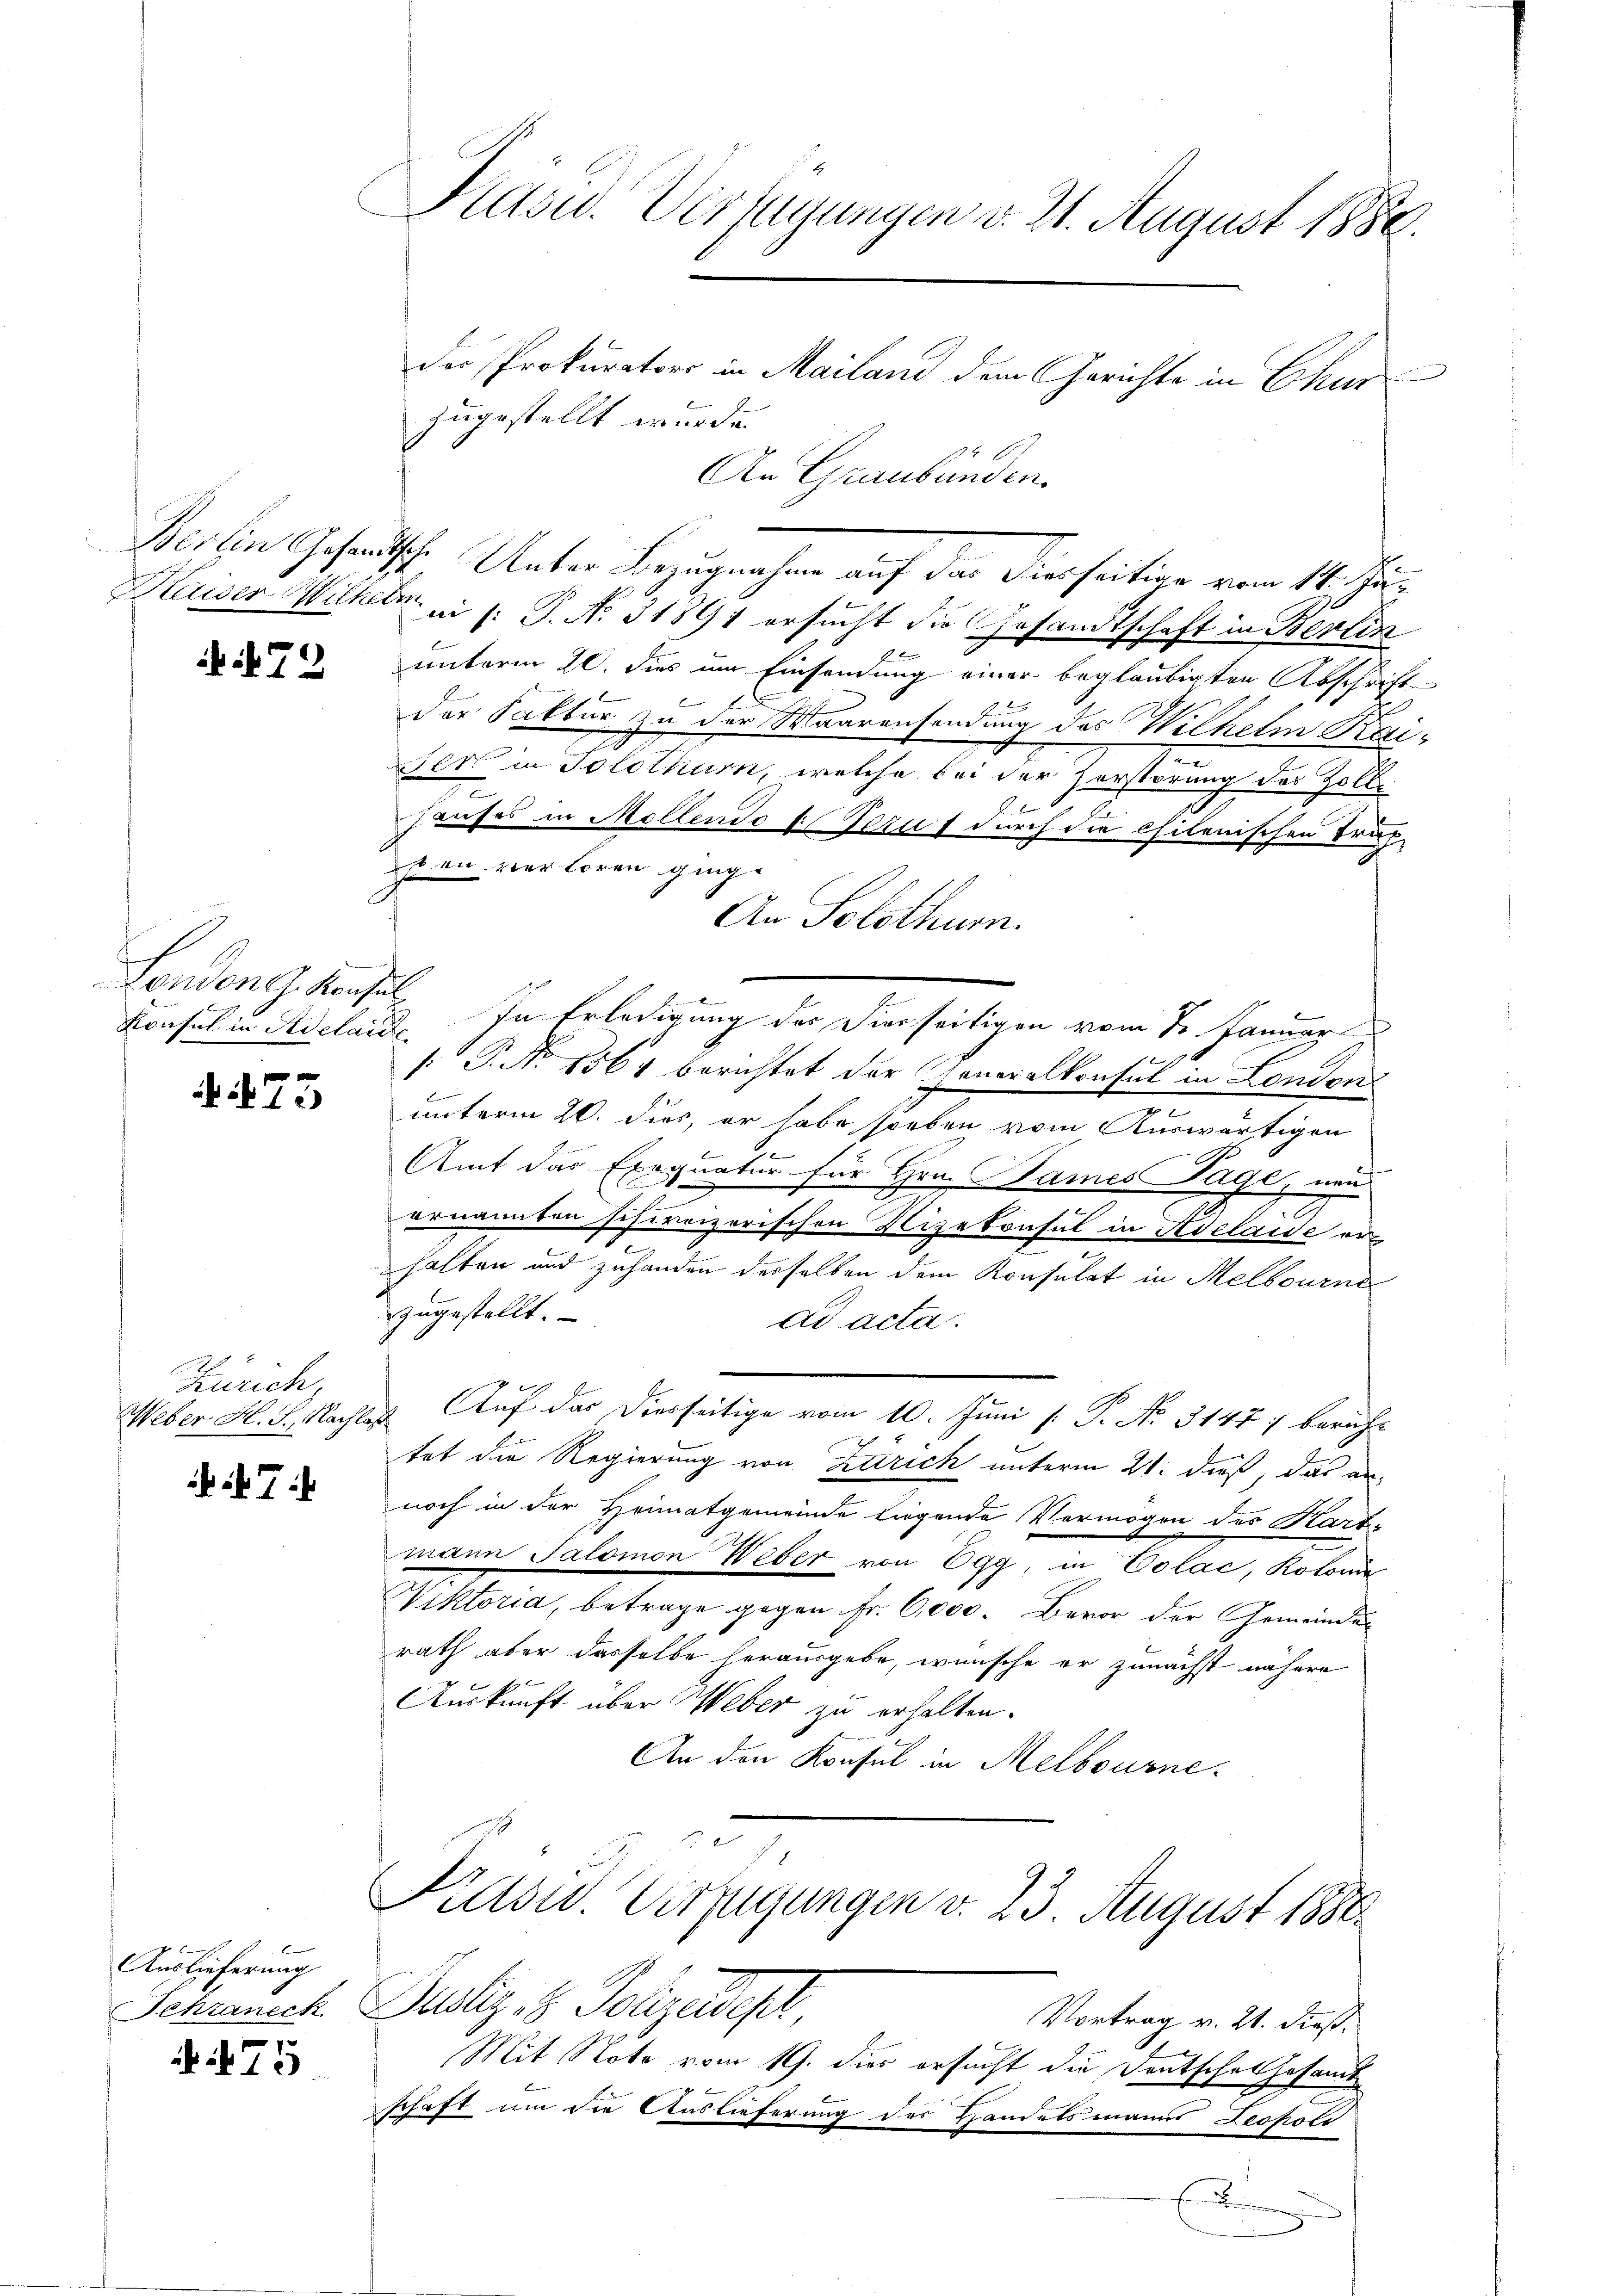
Kaiser Wilhern

if. 72

.
London J. Konsul

f
 12

Zürich,

7

Auslieferung
Schraneck

75

Pasu. Verfügungen v. 21. August 1888.

der Prokurator in Mailand dem Gerichte in Chur
zugestellt wurde.
An Graubünden.
Berlin Gesandtsche Unter Bezugnahme auf das diesseitige vom 14. Jun
an (: P. N. 31891 ersucht die Gesandtschaft in Berlin
unterm 20. dies um Einsendung einer beglaubigten Abschrift
E
der Saktur zu der Maarensendung des Wilhelm Kai-
er in Solothurn, welche bei der Herstörung des Zoll-
Hauses in Mollendo t Ferut durch die chilenischen Trup-
pen verloren ging.
An Solothur.
Konsul in Adelaide. In Erledigung des Dierseitigen vom 1. Januar
 P. No 1564 berichtet der Generalkonsul in London
b
.
unterm 20. dies, er habe soeben vom Auswärtigen
Amt das Exequatur für Hrn. Bames Tage, neu
ernannten schweizerischen Nizekonsul in Adelaide erhalten und zuhanden desselben dem Konsulat in Melbourne
zugestellt.
ad acta.
Weber H. S., Nachles. Auf das Diesseitige vom 10. Juni [ P. No. 31477 bericht
tet die Regierung von Zürich unterm 21. dieß, das an-
noch in der Heimatgemeinde liegende Vermögen des Hart-
mann Salomon Weber von Egg, in Colac, Kolonia
Viktoria, betrage gegen Fr. 6000. Bevor der Gemeinder
rath aber dasselbe herausgebe, wünsche er zunächst nähere
Auskunft über Weber zu erhalten.
An den Konsul in Melbourne.
Prasw. Verfügungen v. 23. August 1888.
Justiz- & Polizeidep
Vortrag v. 21. dieß.
Mit Note vom 19. dies ersucht die Deutschatzesamt
schaft um die Auslieferung der Handelsmanns Lecholi
E